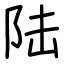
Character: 陆